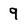
Character: 9